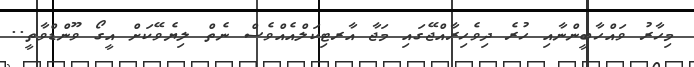
މިހާރު ވައްހާބީންނާއި ހުރެ ދިވެހިރާއްޖޭގައި މަޖާ އާރޓިކަލްއެއްވެސް ނެތް ލިޔެވޭކަށް އީގޯ ވޫންޑްވާތީ..